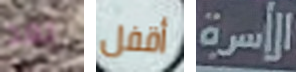
بعد أقفل الأسرة